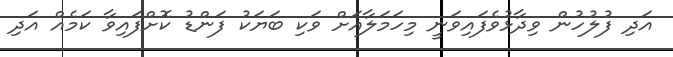
އަދި ފުލުހުން ވިދާޅުވެފައިވަނީ މިހަމަލާއަށް ވަކި ބަޔަކު ފަންޑު ކޮށްފައިވާ ކަމެއް އަދި